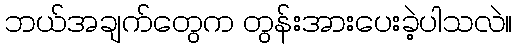
ဘယ်အချက်တွေက တွန်းအားပေးခဲ့ပါသလဲ။